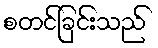
စတင်ခြင်းသည်